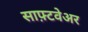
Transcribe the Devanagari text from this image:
साफ़्टवेअर